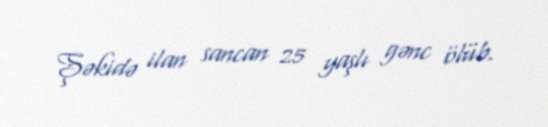
Şəkidə ilan sancan 25 yaşlı gənc ölüb.